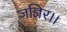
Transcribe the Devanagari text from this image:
जज्ञिर।।